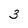
Character: 3